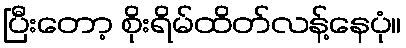
ပြီးတော့ စိုးရိမ်ထိတ်လန့်နေပုံ။